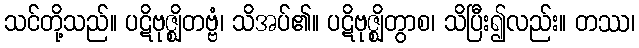
သင်တို့သည်။ ပဋိဗုဇ္ဈိတဗ္ဗံ၊ သိအပ်၏။ ပဋိဗုဇ္ဈိတွာစ၊ သိပြီး၍လည်း။ တဿ၊